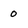
Character: 0